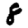
Digit: 8